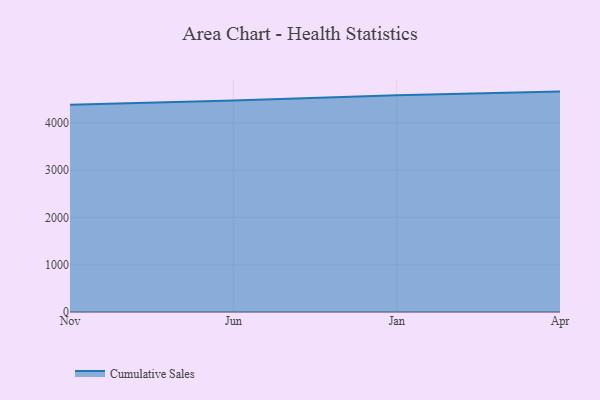
{"axis": {"x": "Month", "y": "Inventory Turnover"}, "legend": ["Cumulative Sales"], "data": [{"x": "Nov", "y": 4383.4, "type": "Cumulative Sales"}, {"x": "Jun", "y": 4471.5, "type": "Cumulative Sales"}, {"x": "Jan", "y": 4580.4, "type": "Cumulative Sales"}, {"x": "Apr", "y": 4659.3, "type": "Cumulative Sales"}]}